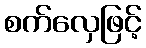
စက်လှေဖြင့်